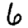
Digit: 6